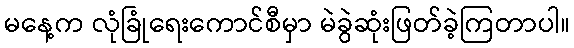
မနေ့က လုံခြုံရေးကောင်စီမှာ မဲခွဲဆုံးဖြတ်ခဲ့ကြတာပါ။